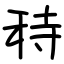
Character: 秲